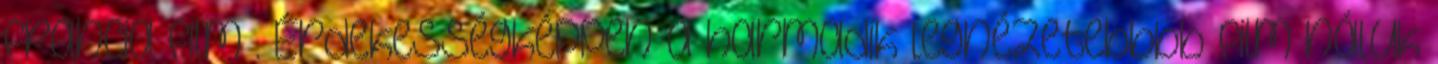
francia film . Érdekességképpen a harmadik legnézetebbbb film náluk